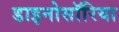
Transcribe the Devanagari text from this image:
डाइनोसॉरिया